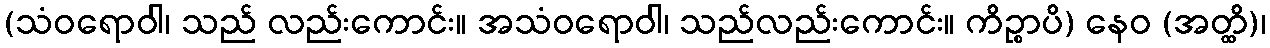
(သံဝရောဝါ၊ သည် လည်းကောင်း။ အသံဝရောဝါ၊ သည်လည်းကောင်း။ ကိဉ္စာပိ) နေဝ (အတ္ထိ)၊